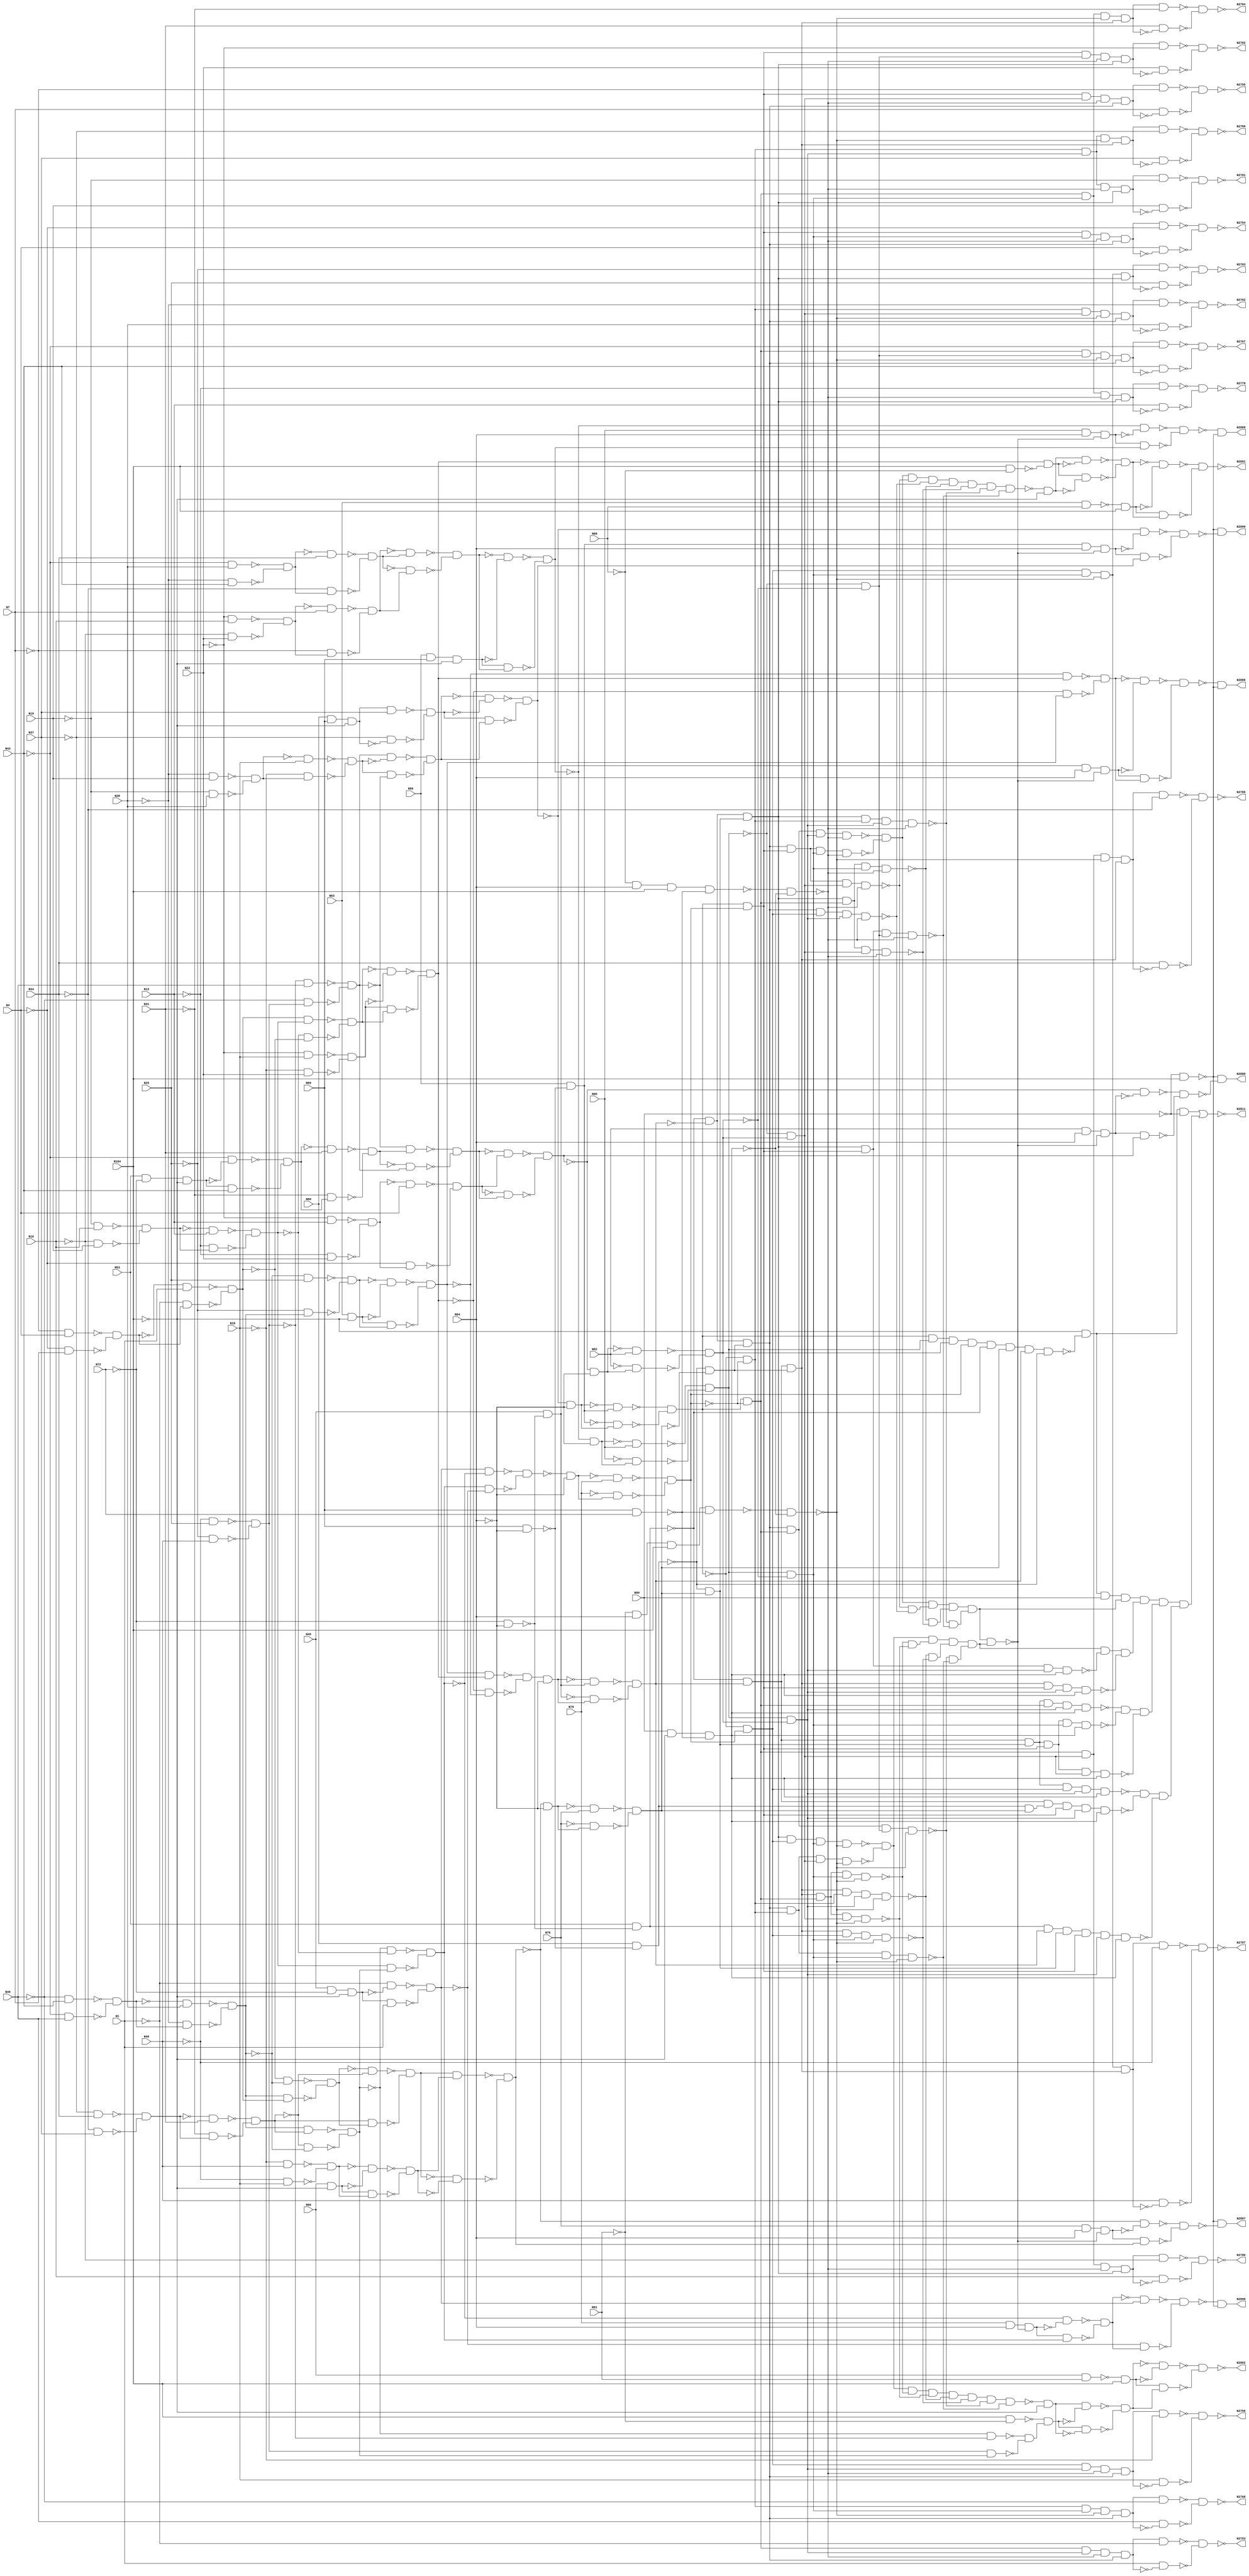

// Generated by Cadence Genus(TM) Synthesis Solution 16.22-s033_1
// Generated on: Jan 17 2020 11:36:38 EST (Jan 17 2020 16:36:38 UTC)

// Verification Directory fv/c1908

module c1908(N1, N4, N7, N10, N13, N16, N19, N22, N25, N28, N31, N34,
     N37, N40, N43, N46, N49, N53, N56, N60, N63, N66, N69, N72, N76,
     N79, N82, N85, N88, N91, N94, N99, N104, N2753, N2754, N2755,
     N2756, N2762, N2767, N2768, N2779, N2780, N2781, N2782, N2783,
     N2784, N2785, N2786, N2787, N2811, N2886, N2887, N2888, N2889,
     N2890, N2891, N2892, N2899);
  input N1, N4, N7, N10, N13, N16, N19, N22, N25, N28, N31, N34, N37,
       N40, N43, N46, N49, N53, N56, N60, N63, N66, N69, N72, N76, N79,
       N82, N85, N88, N91, N94, N99, N104;
  output N2753, N2754, N2755, N2756, N2762, N2767, N2768, N2779, N2780,
       N2781, N2782, N2783, N2784, N2785, N2786, N2787, N2811, N2886,
       N2887, N2888, N2889, N2890, N2891, N2892, N2899;
  wire N1, N4, N7, N10, N13, N16, N19, N22, N25, N28, N31, N34, N37,
       N40, N43, N46, N49, N53, N56, N60, N63, N66, N69, N72, N76, N79,
       N82, N85, N88, N91, N94, N99, N104;
  wire N2753, N2754, N2755, N2756, N2762, N2767, N2768, N2779, N2780,
       N2781, N2782, N2783, N2784, N2785, N2786, N2787, N2811, N2886,
       N2887, N2888, N2889, N2890, N2891, N2892, N2899;
  wire N190, N194, N197, N201, N206, N209, N212, N216;
  wire N220, N225, N229, N232, N235, N239, N243, N247;
  wire N251, N252, N253, N263, N266, N269, N272, N275;
  wire N277, N280, N290, N306, N550, N574, N586, N592;
  wire N601, N602, N603, N608, N612, N643, N655, N682;
  wire N685, N724, N886, N887, N893, N896, N899, N903;
  wire N907, N910, N921, N922, N923, N926, N991, N1054;
  wire N1055, N1063, N1064, N1067, N1068, N1119, N1120, N1121;
  wire N1122, N1128, N1129, N1130, N1131, N1132, N1133, N1150;
  wire N1155, N1157, N1158, N1159, N1160, N1162, N1163, N1167;
  wire N1171, N1188, N1206, N1210, N1214, N1221, N1226, N1232;
  wire N1235, N1243, N1246, N1249, N1264, N1267, N1309, N1311;
  wire N1313, N1315, N1317, N1319, N1334, N1344, N1345, N1346;
  wire N1348, N1350, N1352, N1358, N1364, N1370, N1376, N1386;
  wire N1387, N1388, N1389, N1396, N1397, N1398, N1399, N1412;
  wire N1433, N1434, N1438, N1439, N1440, N1443, N1444, N1447;
  wire N1448, N1453, N1454, N1457, N1458, N1459, N1460, N1462;
  wire N1464, N1472, N1478, N1481, N1484, N1487, N1489, N1493;
  wire N1495, N1496, N1498, N1510, N1513, N1517, N1521, N1526;
  wire N1527, N1528, N1529, N1530, N1531, N1532, N1546, N1554;
  wire N1557, N1561, N1567, N1568, N1571, N1576, N1594, N1596;
  wire N1636, N1638, N1671, N1672, N1678, N1685, N1688, N1706;
  wire N1708, N1712, N1720, N1723, N1740, N1741, N1742, N1746;
  wire N1748, N1759, N1769, N1772, N1773, N1774, N1784, N1788;
  wire N1795, N1796, N1798, N1801, N1802, N1809, N1821, N1822;
  wire N1825, N1826, N1827, N1830, N1838, N1848, N1850, N1852;
  wire N1855, N1857, N1858, N1878, N1882, N1883, N1884, N1885;
  wire N1889, N1898, N1910, N1911, N1912, N1913, N1915, N1919;
  wire N1920, N1936, N1938, N1941, N1947, N1965, N1968, N1975;
  wire N1976, N1979, N1987, N2000, N2003, N2004, N2005, N2008;
  wire N2012, N2014, N2016, N2018, N2019, N2020, N2022, N2023;
  wire N2024, N2026, N2036, N2038, N2040, N2041, N2047, N2052;
  wire N2055, N2060, N2062, N2067, N2076, N2077, N2078, N2081;
  wire N2104, N2119, N2129, N2143, N2214, N2215, N2222, N2223;
  wire N2226, N2227, N2230, N2232, N2234, N2236, N2240, N2244;
  wire N2250, N2253, N2256, N2266, N2272, N2279, N2340, N2353;
  wire N2361, N2375, N2384, N2385, N2386, N2426, N2427, N2537;
  wire N2540, N2543, N2546, N2549, N2552, N2555, N2558, N2561;
  wire N2564, N2567, N2570, N2573, N2576, N2594, N2597, N2600;
  wire N2603, N2606, N2611, N2614, N2617, N2620, N2627, N2628;
  wire N2629, N2630, N2631, N2632, N2633, N2634, N2639, N2642;
  wire N2645, N2648, N2651, N2655, N2658, N2661, N2664, N2669;
  wire N2670, N2671, N2672, N2673, N2674, N2675, N2676, N2682;
  wire N2683, N2688, N2689, N2690, N2691, N2720, N2721, N2722;
  wire N2723, N2724, N2725, N2726, N2727, N2728, N2729, N2730;
  wire N2731, N2732, N2733, N2734, N2735, N2736, N2737, N2738;
  wire N2739, N2740, N2741, N2742, N2743, N2744, N2745, N2746;
  wire N2747, N2750, N2757, N2758, N2759, N2760, N2761, N2763;
  wire N2764, N2765, N2766, N2773, N2776, N2789, N2800, N2807;
  wire N2808, N2809, N2810, N2812, N2815, N2818, N2821, N2824;
  wire N2827, N2828, N2829, N2843, N2846, N2850, N2851, N2852;
  wire N2853, N2854, N2857, N2858, N2859, N2860, N2861, N2862;
  wire N2863, N2866, N2867, N2868, N2869, N2870, N2871, N2872;
  wire N2873, N2874, N2875, N2876, N2877, N2878, N2879, N2880;
  wire N2881, N2882, N2883, N2895, N2896, N2897, N2898, n_59;
  wire n_66, n_71, n_75, n_76, n_77, n_78, n_79, n_80;
  wire n_81, n_82, n_83, n_84, n_85, n_86;
  and AND2_87 (N574, N63, N275);
  and AND2_91 (N586, N66, N275);
  and AND2_123 (N682, N251, N104);
  and AND2_124 (N685, N252, N104);
  and AND2_594 (N1965, N1910, N601);
  and AND2_595 (N1968, N602, N1912);
  and AND2_653 (N2104, N2012, N2047);
  and AND2_654 (N2119, N1979, N2047);
  and AND2_655 (N2129, N2012, N2026);
  and AND2_656 (N2143, N1979, N2026);
  and AND2_693 (N2266, N899, N2240);
  and AND2_695 (N2272, N903, N2244);
  and AND2_701 (N2340, N2067, N2250);
  and AND2_702 (N2353, N2041, N2250);
  and AND2_703 (N2361, N2067, N2236);
  and AND2_704 (N2375, N2041, N2236);
  and AND2_706 (N2385, N1163, N2253);
  and AND2_707 (N2386, N899, N2253);
  and AND2_708 (N2426, N1167, N2256);
  and AND2_709 (N2427, N903, N2256);
  and AND2_810 (N2773, N2745, N275);
  and AND2_811 (N2776, N2746, N275);
  and AND2_869 (N2886, N2876, N550);
  and AND2_870 (N2887, N550, N2877);
  and AND2_871 (N2888, N550, N2878);
  and AND2_872 (N2889, N2879, N550);
  and AND2_873 (N2890, N550, N2880);
  and AND2_880 (N2899, N2898, N550);
  and AND3_93 (N592, N49, N253, N275);
  and AND3_110 (N643, N56, N69, N275);
  and AND3_114 (N655, N60, N69, N275);
  and AND3_137 (N724, N53, N253, N275);
  and AND3_175 (N926, N99, N275, N603);
  and AND3_830 (N2815, N76, N94, N2789);
  and AND3_831 (N2818, N82, N94, N2789);
  and AND3_832 (N2821, N85, N94, N2789);
  and AND3_836 (N2829, N79, N94, N2789);
  nand NAND2_17 (N251, N63, N88);
  nand NAND2_18 (N252, N66, N91);
  nand NAND2_75 (N550, N306, N104);
  nand NAND2_96 (N601, N104, N277);
  nand NAND2_97 (N602, N104, N280);
  nand NAND2_98 (N603, N69, N72);
  nand NAND2_99 (N608, N69, N290);
  nand NAND2_100 (N612, N253, N290);
  nand NAND2_160 (N899, N53, N612);
  nand NAND2_161 (N903, N60, N608);
  nand NAND2_162 (N907, N49, N612);
  nand NAND2_163 (N910, N56, N608);
  nand NAND2_233 (N1054, N216, N10);
  nand NAND2_234 (N1055, N201, N22);
  nand NAND2_235 (N1063, N239, N25);
  nand NAND2_236 (N1064, N220, N40);
  nand NAND2_237 (N1067, N655, N37);
  nand NAND2_238 (N1068, N235, N896);
  nand NAND2_239 (N1119, N216, N13);
  nand NAND2_240 (N1120, N206, N22);
  nand NAND2_241 (N1121, N243, N991);
  nand NAND2_242 (N1122, N724, N43);
  nand NAND2_243 (N1128, N216, N16);
  nand NAND2_244 (N1129, N209, N22);
  nand NAND2_245 (N1130, N243, N28);
  nand NAND2_246 (N1131, N225, N43);
  nand NAND2_247 (N1132, N225, N19);
  nand NAND2_248 (N1133, N212, N28);
  nand NAND2_251 (N1150, N1054, N1055);
  nand NAND2_259 (N1158, N1063, N1064);
  nand NAND2_261 (N1160, N592, N1);
  nand NAND2_263 (N1162, N1067, N1068);
  nand NAND2_268 (N1171, N921, N923);
  nand NAND2_269 (N1188, N922, N923);
  nand NAND2_271 (N1206, N194, N7);
  nand NAND2_275 (N1210, N209, N19);
  nand NAND2_279 (N1214, N243, N46);
  nand NAND2_286 (N1221, N232, N37);
  nand NAND2_291 (N1226, N239, N10);
  nand NAND2_297 (N1232, N1119, N1120);
  nand NAND2_298 (N1235, N1121, N1122);
  nand NAND2_304 (N1243, N1128, N1129);
  nand NAND2_305 (N1246, N1130, N1131);
  nand NAND2_306 (N1249, N1132, N1133);
  nand NAND2_312 (N1267, N190, N1159);
  nand NAND2_313 (N1309, N197, N4);
  nand NAND2_315 (N1311, N212, N16);
  nand NAND2_317 (N1313, N247, N43);
  nand NAND2_319 (N1315, N235, N34);
  nand NAND2_321 (N1317, N201, N40);
  nand NAND2_328 (N1344, N1267, N1160);
  nand NAND2_329 (N1345, N1249, N10);
  nand NAND2_335 (N1352, N1309, N1206);
  nand NAND2_337 (N1358, N1311, N1210);
  nand NAND2_339 (N1364, N1313, N1214);
  nand NAND2_341 (N1370, N1315, N1221);
  nand NAND2_343 (N1376, N1317, N1226);
  nand NAND2_347 (N1387, N1232, N4);
  nand NAND2_349 (N1389, N1235, N31);
  nand NAND2_353 (N1397, N1243, N7);
  nand NAND2_355 (N1399, N1246, N34);
  nand NAND2_357 (N1412, N201, N1346);
  nand NAND2_361 (N1433, N194, N1386);
  nand NAND2_362 (N1434, N229, N1388);
  nand NAND2_363 (N1438, N197, N1396);
  nand NAND2_364 (N1439, N232, N1398);
  nand NAND2_366 (N1443, N1352, N1);
  nand NAND2_370 (N1447, N1358, N13);
  nand NAND2_374 (N1453, N1364, N28);
  nand NAND2_378 (N1457, N1370, N31);
  nand NAND2_380 (N1459, N1376, N1157);
  nand NAND2_383 (N1462, N1158, N46);
  nand NAND2_385 (N1464, N1345, N1412);
  nand NAND2_390 (N1472, N1387, N1433);
  nand NAND2_393 (N1478, N1389, N1434);
  nand NAND2_394 (N1481, N1399, N1439);
  nand NAND2_395 (N1484, N1397, N1438);
  nand NAND2_396 (N1487, N190, N1444);
  nand NAND2_398 (N1489, N206, N1448);
  nand NAND2_402 (N1493, N225, N1454);
  nand NAND2_404 (N1495, N229, N1458);
  nand NAND2_405 (N1496, N586, N1460);
  nand NAND2_406 (N1498, N247, N1319);
  nand NAND2_412 (N1513, N1443, N1487);
  nand NAND2_414 (N1517, N1447, N1489);
  nand NAND2_416 (N1521, N1453, N1493);
  nand NAND2_418 (N1526, N1457, N1495);
  nand NAND2_419 (N1527, N1459, N1496);
  nand NAND2_421 (N1529, N1462, N1498);
  nand NAND2_432 (N1567, N1484, N1531);
  nand NAND2_433 (N1568, N1481, N1532);
  nand NAND2_440 (N1594, N1529, N1530);
  nand NAND2_442 (N1596, N1567, N1568);
  nand NAND2_452 (N1636, N1478, N1576);
  nand NAND2_453 (N1638, N1576, N1464);
  nand NAND2_462 (N1671, N1596, N893);
  nand NAND2_466 (N1678, N1521, N25);
  nand NAND2_472 (N1685, N1594, N1636);
  nand NAND2_473 (N1688, N1510, N1529);
  nand NAND2_476 (N1706, N643, N1672);
  nand NAND2_478 (N1708, N1546, N1561);
  nand NAND2_482 (N1712, N220, N1554);
  nand NAND2_486 (N1720, N1554, N1557);
  nand NAND2_488 (N1723, N1638, N1688);
  nand NAND2_494 (N1740, N1685, N1528);
  nand NAND2_496 (N1742, N1671, N1706);
  nand NAND2_497 (N1746, N1517, N1513);
  nand NAND2_499 (N1748, N1678, N1712);
  nand NAND2_501 (N1759, N1526, N1521);
  nand NAND2_507 (N1769, N1472, N1741);
  nand NAND2_508 (N1772, N1723, N1162);
  nand NAND2_510 (N1774, N1708, N1746);
  nand NAND2_513 (N1784, N1554, N1546);
  nand NAND2_517 (N1788, N1720, N1759);
  nand NAND2_520 (N1795, N1748, N1155);
  nand NAND2_522 (N1798, N1740, N1769);
  nand NAND2_523 (N1801, N1334, N1773);
  nand NAND2_524 (N1802, N1742, N290);
  nand NAND2_527 (N1809, N1513, N1521);
  nand NAND2_532 (N1821, N1774, N1150);
  nand NAND2_536 (N1825, N574, N1796);
  nand NAND2_537 (N1826, N1788, N1158);
  nand NAND2_539 (N1830, N1772, N1801);
  nand NAND2_541 (N1838, N1809, N1784);
  nand NAND2_543 (N1848, N1264, N1822);
  nand NAND2_545 (N1850, N1795, N1825);
  nand NAND2_546 (N1852, N1319, N1827);
  nand NAND2_547 (N1855, N1788, N1517);
  nand NAND2_550 (N1858, N1798, N290);
  nand NAND2_557 (N1878, N1821, N1848);
  nand NAND2_559 (N1882, N1838, N1526);
  nand NAND2_561 (N1884, N1826, N1852);
  nand NAND2_562 (N1885, N1561, N1827);
  nand NAND2_563 (N1889, N1830, N290);
  nand NAND2_570 (N1911, N1557, N1883);
  nand NAND2_572 (N1913, N1855, N1885);
  nand NAND2_574 (N1919, N1802, N85);
  nand NAND2_583 (N1936, N1882, N1911);
  nand NAND2_586 (N1941, N272, N1920);
  nand NAND2_596 (N1975, N1858, N82);
  nand NAND2_600 (N1979, N1919, N1941);
  nand NAND2_605 (N2000, N1878, N1850);
  nand NAND2_607 (N2003, N1947, N1344);
  nand NAND2_608 (N2004, N1889, N1350);
  nand NAND2_612 (N2008, N269, N1976);
  nand NAND2_616 (N2014, N1878, N1898);
  nand NAND2_618 (N2016, N1936, N1527);
  nand NAND2_621 (N2020, N1898, N1910);
  nand NAND2_623 (N2022, N1987, N1571);
  nand NAND2_624 (N2023, N1440, N1913);
  nand NAND2_625 (N2024, N910, N2005);
  nand NAND2_627 (N2026, N1975, N2008);
  nand NAND2_631 (N2036, N1850, N1910);
  nand NAND2_633 (N2038, N2020, N2000);
  nand NAND2_635 (N2040, N2023, N2003);
  nand NAND2_636 (N2041, N2004, N2024);
  nand NAND2_639 (N2052, N2036, N2014);
  nand NAND2_640 (N2055, N2022, N2016);
  nand NAND2_643 (N2062, N2040, N290);
  nand NAND2_649 (N2078, N2060, N290);
  nand NAND2_650 (N2081, N2055, N290);
  nand NAND2_663 (N2214, N2062, N79);
  nand NAND2_667 (N2222, N2078, N1348);
  nand NAND2_671 (N2226, N2081, N76);
  nand NAND2_675 (N2230, N266, N2215);
  nand NAND2_677 (N2232, N907, N2223);
  nand NAND2_679 (N2234, N263, N2227);
  nand NAND2_681 (N2236, N2214, N2230);
  nand NAND2_683 (N2240, N2222, N2232);
  nand NAND2_685 (N2244, N2226, N2234);
  nand NAND2_750 (N2669, N2558, N190);
  nand NAND2_752 (N2671, N2561, N194);
  nand NAND2_754 (N2673, N2564, N197);
  nand NAND2_756 (N2675, N2567, N201);
  nand NAND2_758 (N2682, N2570, N225);
  nand NAND2_760 (N2688, N2573, N243);
  nand NAND2_762 (N2690, N2576, N247);
  nand NAND2_765 (N2720, N1, N2670);
  nand NAND2_766 (N2721, N4, N2672);
  nand NAND2_767 (N2722, N7, N2674);
  nand NAND2_768 (N2723, N10, N2676);
  nand NAND2_769 (N2724, N2639, N206);
  nand NAND2_771 (N2726, N2642, N209);
  nand NAND2_773 (N2728, N2645, N212);
  nand NAND2_775 (N2730, N2648, N216);
  nand NAND2_777 (N2732, N2651, N220);
  nand NAND2_779 (N2734, N28, N2683);
  nand NAND2_780 (N2735, N2655, N229);
  nand NAND2_782 (N2737, N2658, N232);
  nand NAND2_784 (N2739, N2661, N235);
  nand NAND2_786 (N2741, N2664, N239);
  nand NAND2_788 (N2743, N43, N2689);
  nand NAND2_789 (N2744, N46, N2691);
  nand NAND2_794 (N2753, N2669, N2720);
  nand NAND2_795 (N2754, N2671, N2721);
  nand NAND2_796 (N2755, N2673, N2722);
  nand NAND2_797 (N2756, N2675, N2723);
  nand NAND2_798 (N2757, N13, N2725);
  nand NAND2_799 (N2758, N16, N2727);
  nand NAND2_800 (N2759, N19, N2729);
  nand NAND2_801 (N2760, N22, N2731);
  nand NAND2_802 (N2761, N25, N2733);
  nand NAND2_803 (N2762, N2682, N2734);
  nand NAND2_804 (N2763, N31, N2736);
  nand NAND2_805 (N2764, N34, N2738);
  nand NAND2_806 (N2765, N37, N2740);
  nand NAND2_807 (N2766, N40, N2742);
  nand NAND2_808 (N2767, N2688, N2743);
  nand NAND2_809 (N2768, N2690, N2744);
  nand NAND2_812 (N2779, N2724, N2757);
  nand NAND2_813 (N2780, N2726, N2758);
  nand NAND2_814 (N2781, N2728, N2759);
  nand NAND2_815 (N2782, N2730, N2760);
  nand NAND2_816 (N2783, N2732, N2761);
  nand NAND2_817 (N2784, N2735, N2763);
  nand NAND2_818 (N2785, N2737, N2764);
  nand NAND2_819 (N2786, N2739, N2765);
  nand NAND2_820 (N2787, N2741, N2766);
  nand NAND2_822 (N2789, N2747, N2750);
  nand NAND2_824 (N2807, N2773, N2018);
  nand NAND2_826 (N2809, N2776, N2019);
  nand NAND2_834 (N2827, N1965, N2808);
  nand NAND2_835 (N2828, N1968, N2810);
  nand NAND2_837 (N2843, N2807, N2827);
  nand NAND2_838 (N2846, N2809, N2828);
  nand NAND2_839 (N2850, N2812, N2076);
  nand NAND2_840 (N2851, N2815, N2077);
  nand NAND2_841 (N2852, N2818, N1915);
  nand NAND2_842 (N2853, N2821, N1857);
  nand NAND2_843 (N2854, N2824, N1938);
  nand NAND2_850 (N2863, N2829, N1947);
  nand NAND2_851 (N2866, N2052, N2857);
  nand NAND2_852 (N2867, N2055, N2858);
  nand NAND2_853 (N2868, N1798, N2859);
  nand NAND2_854 (N2869, N1742, N2860);
  nand NAND2_855 (N2870, N1830, N2861);
  nand NAND2_856 (N2871, N2843, N886);
  nand NAND2_858 (N2873, N2846, N887);
  nand NAND2_860 (N2875, N1913, N2862);
  nand NAND2_861 (N2876, N2866, N2850);
  nand NAND2_862 (N2877, N2867, N2851);
  nand NAND2_863 (N2878, N2868, N2852);
  nand NAND2_864 (N2879, N2869, N2853);
  nand NAND2_865 (N2880, N2870, N2854);
  nand NAND2_866 (N2881, N682, N2872);
  nand NAND2_867 (N2882, N685, N2874);
  nand NAND2_868 (N2883, N2875, N2863);
  nand NAND2_874 (N2891, N2871, N2881);
  nand NAND2_875 (N2892, N2873, N2882);
  nand NAND2_876 (N2895, N2883, N1440);
  nand NAND2_878 (N2897, N1344, N2896);
  nand NAND2_879 (N2898, N2895, N2897);
  nand NAND4_172 (N921, N277, N94, N104, N603);
  nand NAND4_173 (N922, N280, N94, N104, N603);
  nand NAND5_710 (N2537, N2266, N2272, N2361, N2104, N1171);
  nand NAND5_711 (N2540, N2266, N2272, N2340, N2129, N1171);
  nand NAND5_712 (N2543, N2266, N2272, N2340, N2119, N1171);
  nand NAND5_713 (N2546, N2266, N2272, N2353, N2104, N1171);
  nand NAND5_714 (N2549, N2266, N2272, N2375, N2119, N1188);
  nand NAND5_715 (N2552, N2266, N2272, N2361, N2143, N1188);
  nand NAND5_716 (N2555, N2266, N2272, N2375, N2129, N1188);
  nand NAND5_724 (N2594, N2266, N2427, N2361, N2129, N1171);
  nand NAND5_725 (N2597, N2266, N2427, N2361, N2119, N1171);
  nand NAND5_726 (N2600, N2266, N2427, N2375, N2104, N1171);
  nand NAND5_727 (N2603, N2266, N2427, N2340, N2143, N1171);
  nand NAND5_728 (N2606, N2266, N2427, N2353, N2129, N1188);
  nand NAND5_729 (N2611, N2386, N2272, N2361, N2129, N1188);
  nand NAND5_730 (N2614, N2386, N2272, N2361, N2119, N1188);
  nand NAND5_731 (N2617, N2386, N2272, N2375, N2104, N1188);
  nand NAND5_732 (N2620, N2386, N2272, N2353, N2129, N1188);
  nand NAND5_733 (N2627, N2266, N2427, N2340, N2104, N926);
  nand NAND5_734 (N2628, N2386, N2272, N2340, N2104, N926);
  nand NAND5_735 (N2629, N2386, N2427, N2361, N2104, N926);
  nand NAND5_736 (N2630, N2386, N2427, N2340, N2129, N926);
  nand NAND5_737 (N2631, N2386, N2427, N2340, N2119, N926);
  nand NAND5_738 (N2632, N2386, N2427, N2353, N2104, N926);
  nand NAND5_739 (N2633, N2386, N2426, N2340, N2104, N926);
  nand NAND5_740 (N2634, N2385, N2427, N2340, N2104, N926);
  nand NAND8_696 (N2279, N2067, N2012, N2047, N2250, N899, N2256,
       N2253, N903);
  nand NAND8_790 (N2745, N2537, N2540, N2543, N2546, N2594, N2597,
       N2600, N2603);
  nand NAND8_791 (N2746, N2606, N2549, N2611, N2614, N2617, N2620,
       N2552, N2555);
  nor NOR2_828 (N2811, N2384, N2800);
  not NOT1_1 (N190, N1);
  not NOT1_2 (N194, N4);
  not NOT1_3 (N197, N7);
  not NOT1_4 (N201, N10);
  not NOT1_5 (N206, N13);
  not NOT1_6 (N209, N16);
  not NOT1_7 (N212, N19);
  not NOT1_8 (N216, N22);
  not NOT1_9 (N220, N25);
  not NOT1_10 (N225, N28);
  not NOT1_11 (N229, N31);
  not NOT1_12 (N232, N34);
  not NOT1_13 (N235, N37);
  not NOT1_14 (N239, N40);
  not NOT1_15 (N243, N43);
  not NOT1_16 (N247, N46);
  not NOT1_19 (N253, N72);
  not NOT1_23 (N263, N76);
  not NOT1_24 (N266, N79);
  not NOT1_25 (N269, N82);
  not NOT1_26 (N272, N85);
  not NOT1_27 (N275, N104);
  not NOT1_29 (N277, N88);
  not NOT1_30 (N280, N91);
  not NOT1_32 (N290, N94);
  not NOT1_36 (N306, N99);
  not NOT1_147 (N886, N682);
  not NOT1_148 (N887, N685);
  not NOT1_154 (N893, N643);
  not NOT1_157 (N896, N655);
  not NOT1_204 (N991, N724);
  not NOT1_256 (N1155, N574);
  not NOT1_258 (N1157, N586);
  not NOT1_260 (N1159, N592);
  not NOT1_264 (N1163, N899);
  not NOT1_266 (N1167, N903);
  not NOT1_311 (N1264, N1150);
  not NOT1_323 (N1319, N1158);
  not NOT1_327 (N1334, N1162);
  not NOT1_330 (N1346, N1249);
  not NOT1_331 (N1348, N907);
  not NOT1_333 (N1350, N910);
  not NOT1_346 (N1386, N1232);
  not NOT1_348 (N1388, N1235);
  not NOT1_352 (N1396, N1243);
  not NOT1_354 (N1398, N1246);
  not NOT1_365 (N1440, N1344);
  not NOT1_367 (N1444, N1352);
  not NOT1_371 (N1448, N1358);
  not NOT1_375 (N1454, N1364);
  not NOT1_379 (N1458, N1370);
  not NOT1_381 (N1460, N1376);
  not NOT1_411 (N1510, N1464);
  not NOT1_420 (N1528, N1472);
  not NOT1_422 (N1530, N1478);
  not NOT1_423 (N1531, N1481);
  not NOT1_424 (N1532, N1484);
  not NOT1_428 (N1546, N1513);
  not NOT1_429 (N1554, N1521);
  not NOT1_430 (N1557, N1526);
  not NOT1_431 (N1561, N1517);
  not NOT1_435 (N1571, N1527);
  not NOT1_436 (N1576, N1529);
  not NOT1_463 (N1672, N1596);
  not NOT1_495 (N1741, N1685);
  not NOT1_509 (N1773, N1723);
  not NOT1_521 (N1796, N1748);
  not NOT1_533 (N1822, N1774);
  not NOT1_538 (N1827, N1788);
  not NOT1_549 (N1857, N1742);
  not NOT1_560 (N1883, N1838);
  not NOT1_567 (N1898, N1850);
  not NOT1_569 (N1910, N1878);
  not NOT1_571 (N1912, N1884);
  not NOT1_573 (N1915, N1798);
  not NOT1_575 (N1920, N1802);
  not NOT1_585 (N1938, N1830);
  not NOT1_589 (N1947, N1913);
  not NOT1_597 (N1976, N1858);
  not NOT1_603 (N1987, N1936);
  not NOT1_609 (N2005, N1889);
  not NOT1_614 (N2012, N1979);
  not NOT1_619 (N2018, N1965);
  not NOT1_620 (N2019, N1968);
  not NOT1_638 (N2047, N2026);
  not NOT1_641 (N2060, N2038);
  not NOT1_644 (N2067, N2041);
  not NOT1_647 (N2076, N2052);
  not NOT1_648 (N2077, N2055);
  not NOT1_664 (N2215, N2062);
  not NOT1_668 (N2223, N2078);
  not NOT1_672 (N2227, N2081);
  not NOT1_687 (N2250, N2236);
  not NOT1_688 (N2253, N2240);
  not NOT1_689 (N2256, N2244);
  not NOT1_751 (N2670, N2558);
  not NOT1_753 (N2672, N2561);
  not NOT1_755 (N2674, N2564);
  not NOT1_757 (N2676, N2567);
  not NOT1_759 (N2683, N2570);
  not NOT1_761 (N2689, N2573);
  not NOT1_763 (N2691, N2576);
  not NOT1_770 (N2725, N2639);
  not NOT1_772 (N2727, N2642);
  not NOT1_774 (N2729, N2645);
  not NOT1_776 (N2731, N2648);
  not NOT1_778 (N2733, N2651);
  not NOT1_781 (N2736, N2655);
  not NOT1_783 (N2738, N2658);
  not NOT1_785 (N2740, N2661);
  not NOT1_787 (N2742, N2664);
  not NOT1_825 (N2808, N2773);
  not NOT1_827 (N2810, N2776);
  not NOT1_844 (N2857, N2812);
  not NOT1_845 (N2858, N2815);
  not NOT1_846 (N2859, N2818);
  not NOT1_847 (N2860, N2821);
  not NOT1_848 (N2861, N2824);
  not NOT1_849 (N2862, N2829);
  not NOT1_857 (N2872, N2843);
  not NOT1_859 (N2874, N2846);
  not NOT1_877 (N2896, N2883);
  and g1 (N2384, N275, N2279, N306);
  and g2 (n_59, N2266, N2272);
  and g3 (N2558, N2361, N2104, N1171, n_59);
  and g5 (N2561, N2340, N2129, N1171, n_59);
  and g7 (N2564, N2340, N2119, N1171, n_59);
  and g9 (N2567, N2353, N2104, N1171, n_59);
  and g11 (N2570, N2375, N2119, N1188, n_59);
  and g13 (N2573, N2361, N2143, N1188, n_59);
  and g15 (N2576, N2375, N2129, N1188, n_59);
  and g16 (n_66, N2266, N2427);
  and g17 (N2639, N2361, N2129, N1171, n_66);
  and g19 (N2642, N2361, N2119, N1171, n_66);
  and g21 (N2645, N2375, N2104, N1171, n_66);
  and g23 (N2648, N2340, N2143, N1171, n_66);
  and g25 (N2651, N2353, N2129, N1188, n_66);
  and g26 (n_71, N2386, N2272);
  and g27 (N2655, N2361, N2129, N1188, n_71);
  and g29 (N2658, N2361, N2119, N1188, n_71);
  and g31 (N2661, N2375, N2104, N1188, n_71);
  and g33 (N2664, N2353, N2129, N1188, n_71);
  and g34 (n_75, N275, N2279, N99, N2747);
  and g35 (n_76, N2750, N2627, N2628);
  and g36 (n_77, N2629, N2630, N2631);
  and g37 (n_78, N2632, N2633, N2634);
  and g38 (N2800, n_75, n_76, n_77, n_78);
  and g39 (n_79, N2537, N2540);
  and g40 (n_80, N2543, N2546);
  and g41 (n_81, N2594, N2597);
  and g42 (n_82, N2600, N2603);
  and g43 (N2747, n_79, n_80, n_81, n_82);
  and g44 (n_83, N2606, N2549);
  and g45 (n_84, N2611, N2614);
  and g46 (n_85, N2617, N2620);
  and g47 (n_86, N2552, N2555);
  and g48 (N2750, n_83, n_84, n_85, n_86);
  and g49 (N2812, N49, N612, N94, N2789);
  and g50 (N2824, N56, N608, N94, N2789);
  not g51 (N923, N926);
endmodule